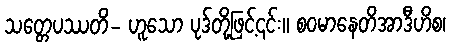
သတ္တေပဿတိ- ဟူသော ပုဒ်တို့ဖြင့်၎င်း။ စဝမာနေတိအာဒီဟိစ၊